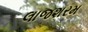
લાજશરમ